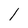
Character: l